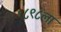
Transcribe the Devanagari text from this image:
१८९८ला